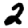
Digit: 2